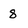
Character: 8